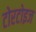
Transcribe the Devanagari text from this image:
टोरटोइज